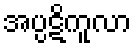
အပ္ပဋိကူလာ